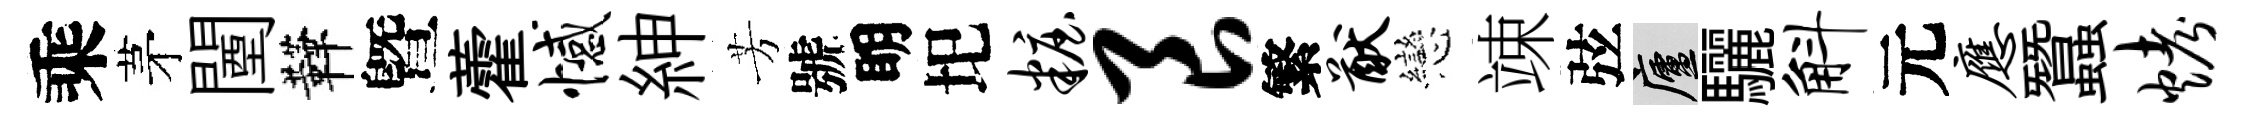
乘茅闉鞾曁藿憾紳芳號眀圯妆良繁猷戀竦弦廬驪斛元应蠶烤